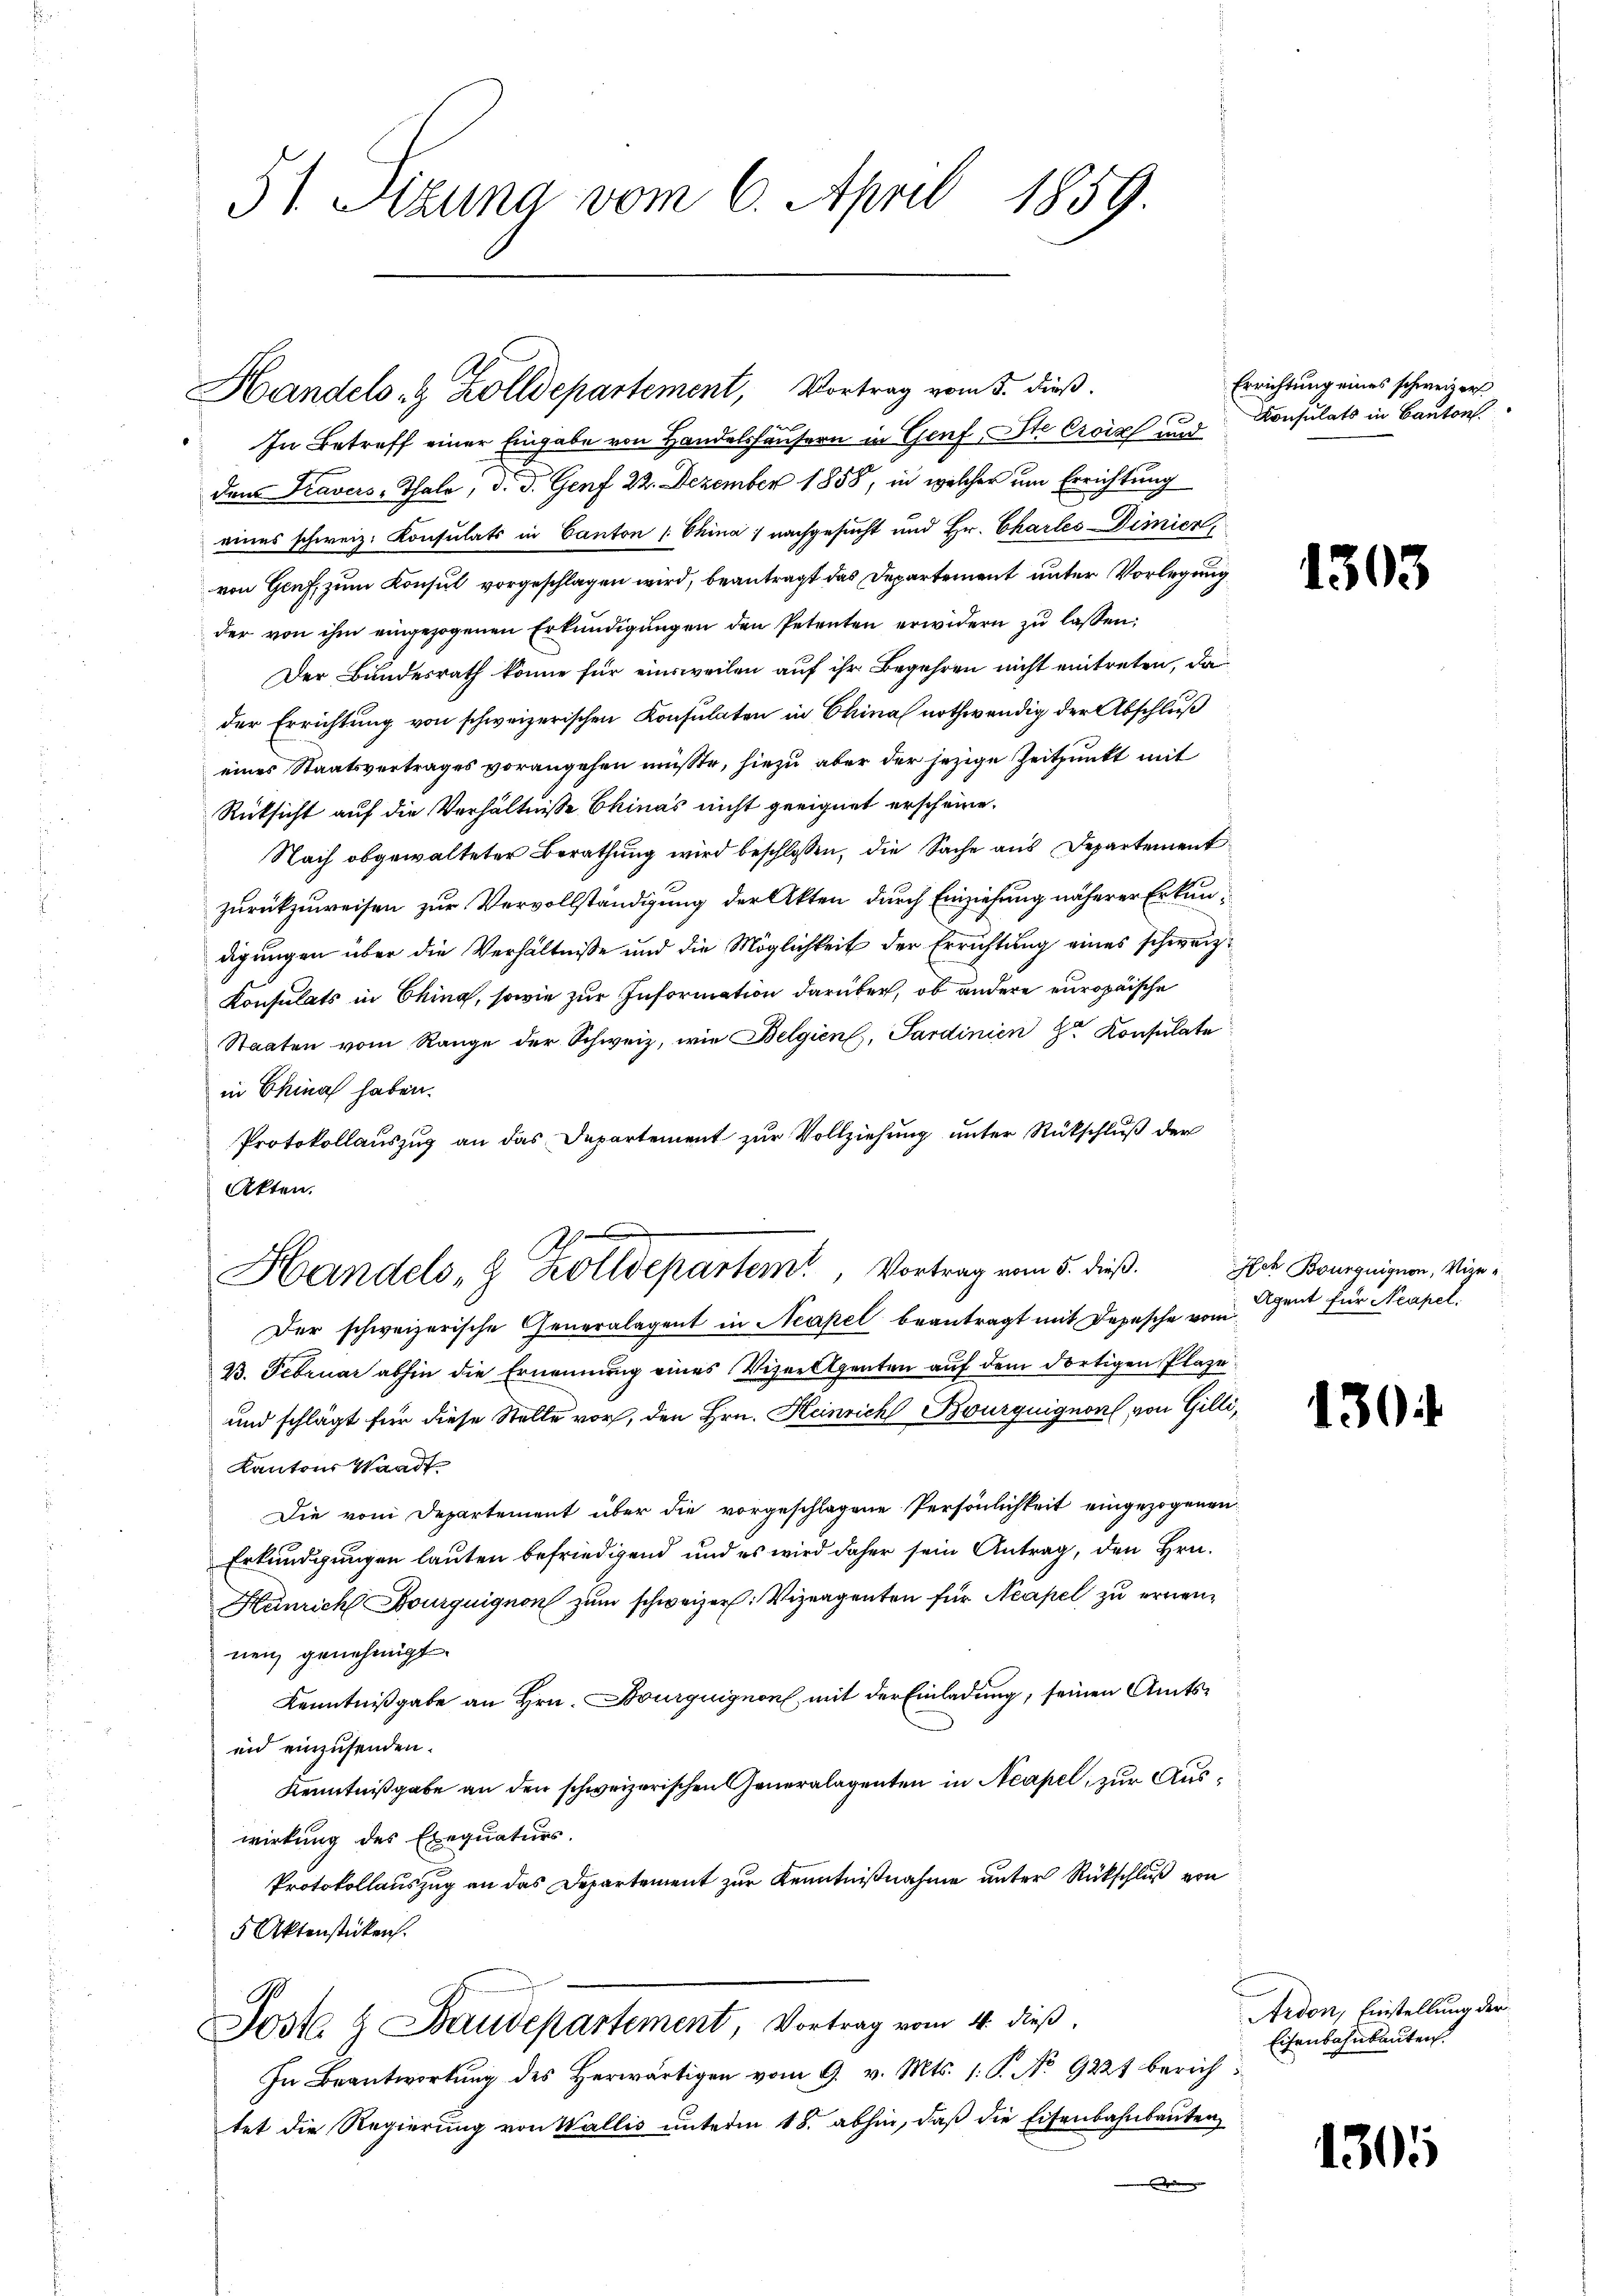
31. Sitzung vom 6. April 1859.

Handels- & Zolldepartement, Vortr

In Betreff einer Eingabe von Handelshäusern in Genf Ite Croix und
dem Travers-Thale, d. J. Genf 22. Dezember 1858, in welcher um Errichtung
eines schweiz. Konsulats in Canton (Thina, nachgesucht und Hr. Chartes Dimier,
von Genf, zum Konsul vorgeschlagen wird, beantragt das Departement unter Vorlegung
der von ihm eingezogenen Erkundigungen den Petenten erwidern zu lassen:
Der Bundesrath könne für einsweilen auf ihr Begehren nicht eintreten, da
der Errichtung von schweizerischen Konsulaten in China nothwendig der Abschluß
eines Staatsvertrages vorangehen müsste, hiezu aber der jezige Zeitpunkt mit
Rücksicht auf die Verhältnisse Chinas nicht geeignet erscheine.
Nach obgewalteter Berathung wird beschlossen, die Sache aus Departement
zurückzuweisen zur Vervollständigung der Akten durch Einziehung näherer Erkundigungen über die Verhältnisse und die Möglichkeit der Errichtung eines schweiz.
Konsulats in China, sowie zur Information darüber, ob andere europäische
Staaten vom Range der Schweiz, wie Belgien, Sardinien der Konsulate
in China haben.
Protokollauszug an das Departement zur Vollziehung unter Rückschluß der
Akten.
Der schweizerische Generalagent in Neapel beantragt mit Depesche vom
B. Februar abhin die Ernennung eines Vizer Agenten auf dem dortigen Plaze
und schlägt für diese Stelle vor, den Hrn. Heinrich Bourquignon von Gilli,
Kanton Waadt
Die vom Departement über die vorgeschlagene Persönlichkeit eingezogenen
Erkundigungen lauten befriedigend und es wird daher sein Antrag, den Hrn.
Heinrich Bourquignon zum schweizer. Vizeigenten für Neapel zu ernennen genehmigt.
Kenntnißgabe an Hrn. Bourquignon mit der Einladung, seinen Amtsun einzusenden.
Kenntnißgabe an den schweizerischen Generalagenten in Neapel, zur Auswirkung des Exequaturs.
Protokollauszug an das Departement zur Kenntnißnahme unter Rückschluß von
5 Aktenstücken.
Jost & Baudepartement, Vortrag vom 4. dieβ.
In Beantwortung des Herwärtigen vom 9. v. Mts. 1. P. No 9221 berichtet die Regierung von Wallis unterm 18. abhin, daß die Eisenbahnbauten
r

Handels 8 Zolldepartem Vortrag vom 5. dieß.

in 3. dieß.

Errichtung eines schweizers
Konsulats in Canton.

1303

Ich Bourquignon, Vize¬
Agent für Neapel.

130

Ardon, Einstellung der
Eisenbahnbauten.

1305